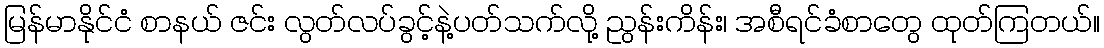
မြန်မာနိုင်ငံ စာနယ် ဇင်း လွတ်လပ်ခွင့်နဲ့ပတ်သက်လို့ ညွန်းကိန်း၊ အစီရင်ခံစာတွေ ထုတ်ကြတယ်။